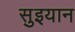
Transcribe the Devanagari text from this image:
सुइयान